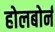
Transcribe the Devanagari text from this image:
होलबोर्न